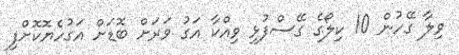
ވިލާ ގޭހުން 10 ކިލޯގެ ގޭސްފުޅި ވިއްކާ އަގު ވަރަށް ބޮޑަށް އަގުހެޔޮކޮށްފި